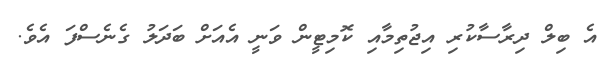
އެ ބިލް ދިރާސާކުރި އިޖުތިމާއި ކޮމިޓީން ވަނީ އެއަށް ބަދަލު ގެނެސްފަ އެވެ.